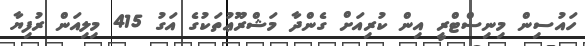
ހައުސިން މިނިސްޓްރީ އިން ކުރިއަށް ގެންދާ މަޝްރޫޢުތަކުގެ އަގު 415 މިލިއަން ރުފިޔާ